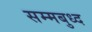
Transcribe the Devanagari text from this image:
सम्मबुध्द